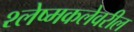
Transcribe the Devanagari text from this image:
श्लेष्मकलेवरील